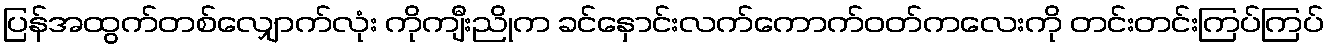
ပြန်အထွက်တစ်လျှောက်လုံး ကိုကျီးညိုက ခင်နှောင်းလက်ကောက်ဝတ်ကလေးကို တင်းတင်းကြပ်ကြပ်